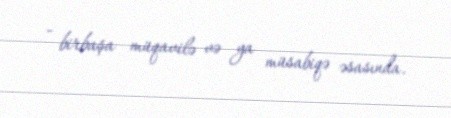
- birbaşa müqavilə və ya müsabiqə əsasında.